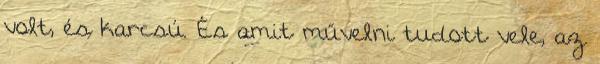
volt, és karcsú. És amit művelni tudott vele, az